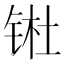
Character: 𬭊